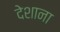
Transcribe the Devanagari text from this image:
देशाना